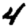
Digit: 4